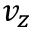
v _ { z }